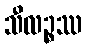
သီလဉ္စဿ